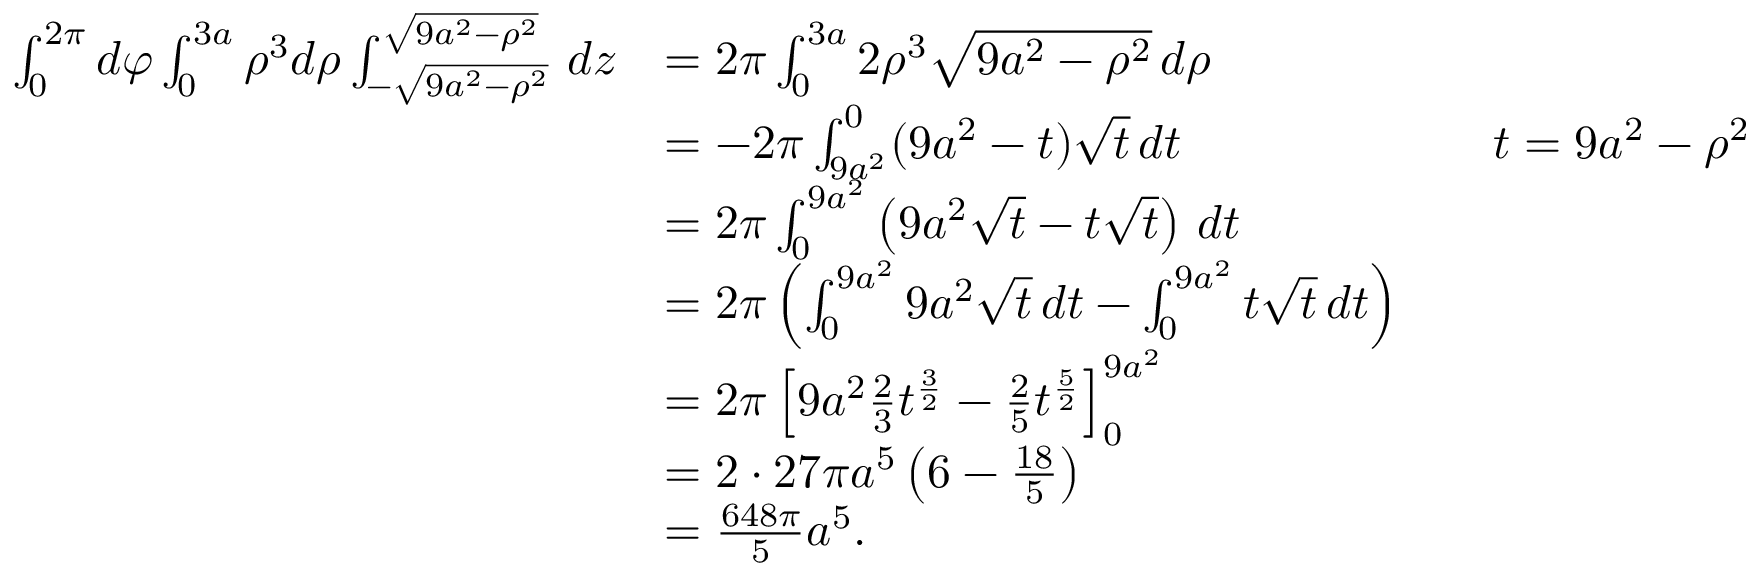
{ \begin{array} { r l r l } { \int _ { 0 } ^ { 2 \pi } d \varphi \int _ { 0 } ^ { 3 a } \rho ^ { 3 } d \rho \int _ { - { \sqrt { 9 a ^ { 2 } - \rho ^ { 2 } } } } ^ { \sqrt { 9 a ^ { 2 } - \rho ^ { 2 } } } \, d z } & { = 2 \pi \int _ { 0 } ^ { 3 a } 2 \rho ^ { 3 } { \sqrt { 9 a ^ { 2 } - \rho ^ { 2 } } } \, d \rho } \\ & { = - 2 \pi \int _ { 9 a ^ { 2 } } ^ { 0 } ( 9 a ^ { 2 } - t ) { \sqrt { t } } \, d t } & & { t = 9 a ^ { 2 } - \rho ^ { 2 } } \\ & { = 2 \pi \int _ { 0 } ^ { 9 a ^ { 2 } } \left( 9 a ^ { 2 } { \sqrt { t } } - t { \sqrt { t } } \right) \, d t } \\ & { = 2 \pi \left( \int _ { 0 } ^ { 9 a ^ { 2 } } 9 a ^ { 2 } { \sqrt { t } } \, d t - \int _ { 0 } ^ { 9 a ^ { 2 } } t { \sqrt { t } } \, d t \right) } \\ & { = 2 \pi \left[ 9 a ^ { 2 } { \frac { 2 } { 3 } } t ^ { \frac { 3 } { 2 } } - { \frac { 2 } { 5 } } t ^ { \frac { 5 } { 2 } } \right] _ { 0 } ^ { 9 a ^ { 2 } } } \\ & { = 2 \cdot 2 7 \pi a ^ { 5 } \left( 6 - { \frac { 1 8 } { 5 } } \right) } \\ & { = { \frac { 6 4 8 \pi } { 5 } } a ^ { 5 } . } \end{array} }